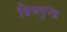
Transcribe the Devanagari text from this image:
डिफ्युज्ड